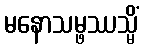
မနောသမ္ဖဿသ္မိံ